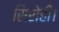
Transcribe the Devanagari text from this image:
सिरोही।